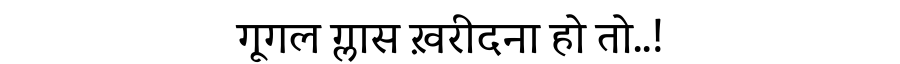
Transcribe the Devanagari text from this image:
गूगल ग्लास ख़रीदना हो तो..!